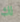
لك